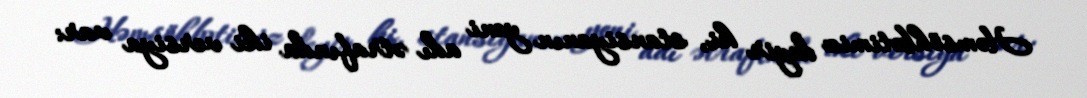
Həmsöhbətimiz deyir ki, stansiyanın yeni adı ətrafında iki versiya var: